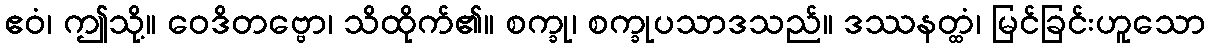
ဧဝံ၊ ဤသို့။ ဝေဒိတဗ္ဗော၊ သိထိုက်၏။ စက္ခု၊ စက္ခုပသာဒသည်။ ဒဿနတ္ထံ၊ မြင်ခြင်းဟူသော